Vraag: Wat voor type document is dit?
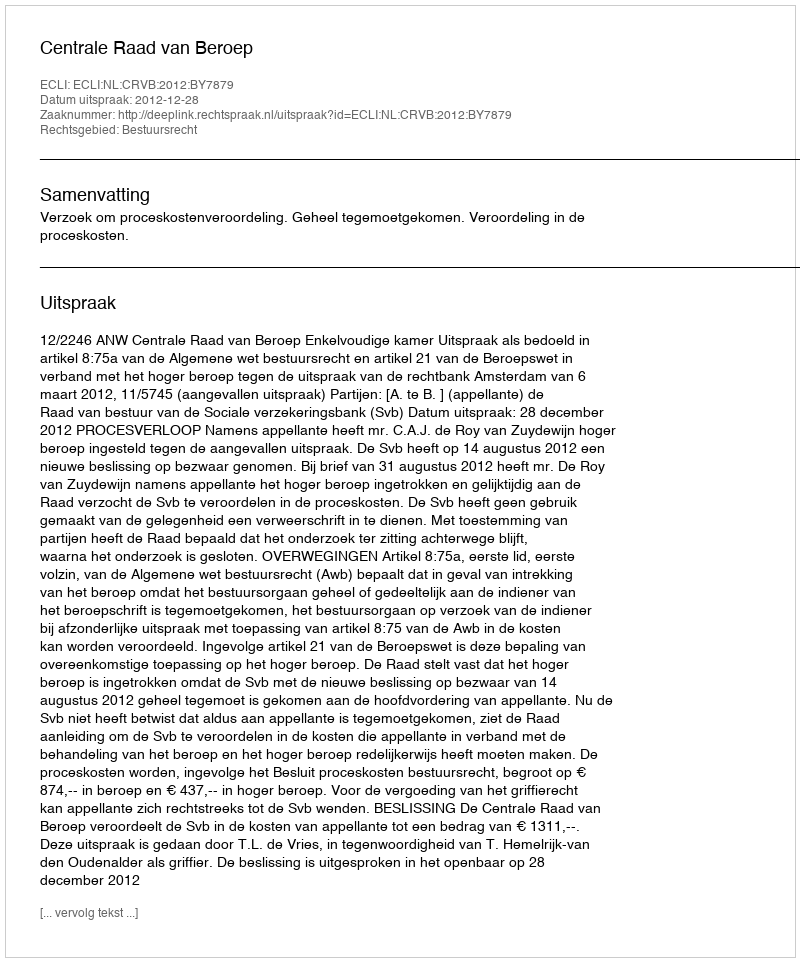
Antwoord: Uitspraak